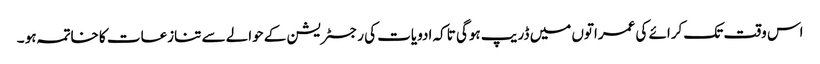
اس وقت تک کرائے کی عمراتوں میں ڈریپ ہوگی تاکہ ادویات کی رجسٹریشن کے حوالے سے تنازعات کا خاتمہ ہو ۔